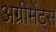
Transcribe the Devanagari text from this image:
अग्रीमेंट्स